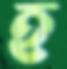
হ